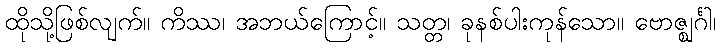
ထိုသို့ဖြစ်လျက်။ ကိဿ၊ အဘယ်ကြောင့်။ သတ္တ၊ ခုနစ်ပါးကုန်သော။ ဗောဇ္ဈင်္ဂါ၊